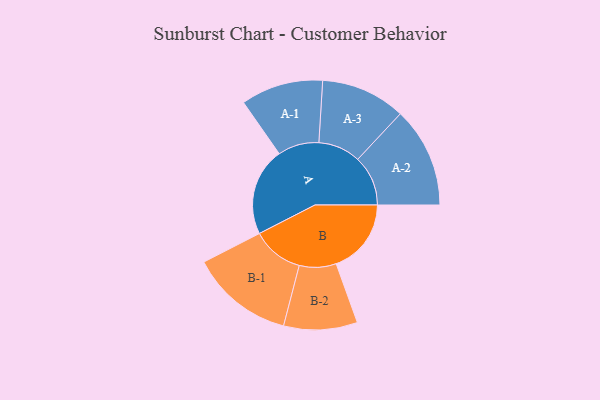
{"axis": {"x": "Segment", "y": "Value"}, "legend": ["", "A", "B"], "data": [{"x": "A", "y": 368, "type": ""}, {"x": "B", "y": 314, "type": ""}, {"x": "A-1", "y": 172, "type": "A"}, {"x": "A-2", "y": 210, "type": "A"}, {"x": "A-3", "y": 177, "type": "A"}, {"x": "B-1", "y": 216, "type": "B"}, {"x": "B-2", "y": 154, "type": "B"}]}